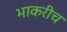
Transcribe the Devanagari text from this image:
भाकरीच